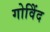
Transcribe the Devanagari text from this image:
गोविेंद